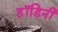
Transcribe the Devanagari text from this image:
हॉडिनी